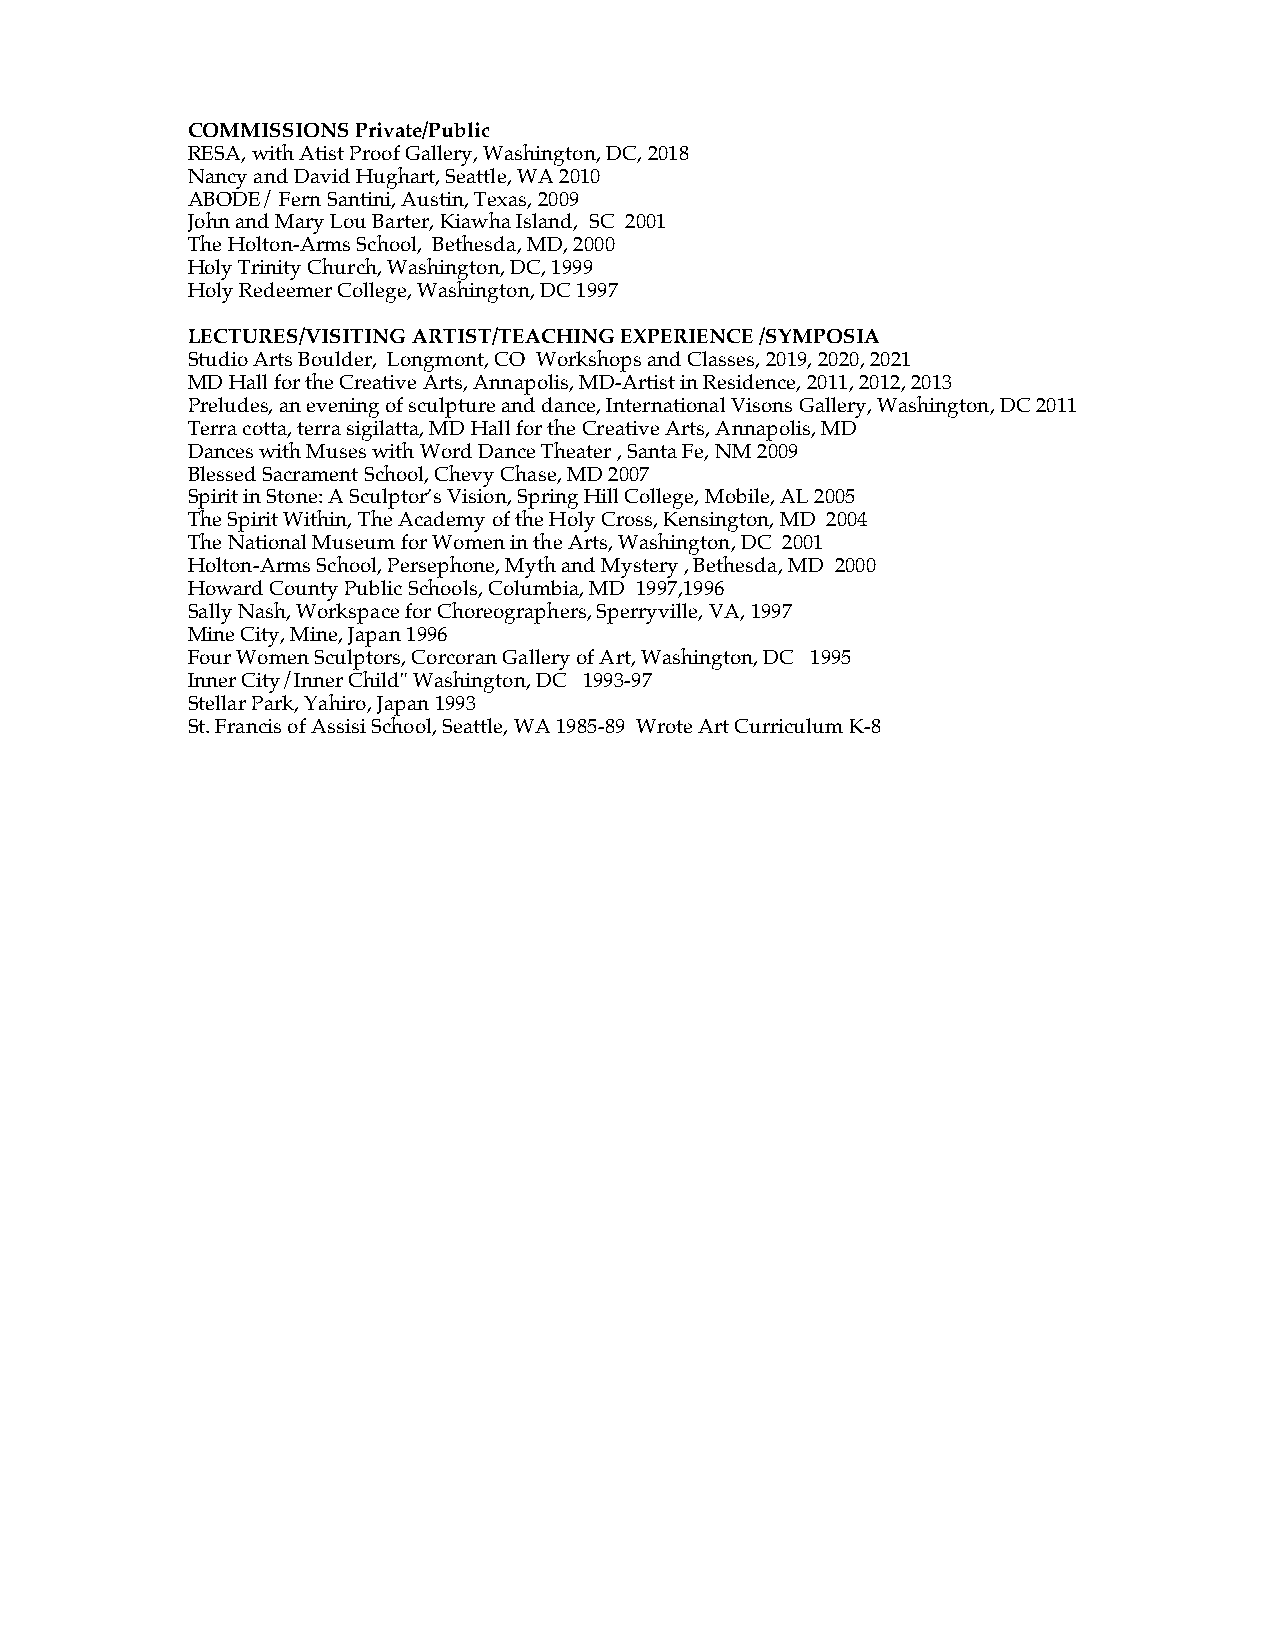
COMMISSIONS Private/Public
 RESA, with Atist Proof Gallery, Washington, DC, 2018
 Nancy and David Hughart, Seattle, WA 2010
 ABODE/ Fern Santini, Austin, Texas, 2009
 John and Mary Lou Barter, Kiawha Island, SC 2001
 The Holton-Arms School, Bethesda, MD, 2000
 Holy Trinity Church, Washington, DC, 1999
 Holy Redeemer College, Washington, DC 1997
 LECTURES/VISITING ARTIST/TEACHING EXPERIENCE /SYMPOSIA
 Studio Arts Boulder, Longmont, CO Workshops and Classes, 2019, 2020, 2021
 MD Hall for the Creative Arts, Annapolis, MD-Artist in Residence, 2011, 2012, 2013
 Preludes, an evening of sculpture and dance, International Visons Gallery, Washington, DC 2011
 Terra cotta, terra sigilatta, MD Hall for the Creative Arts, Annapolis, MD
 Dances with Muses with Word Dance Theater , Santa Fe, NM 2009
 Blessed Sacrament School, Chevy Chase, MD 2007
 Spirit in Stone: A Sculptor’s Vision, Spring Hill College, Mobile, AL 2005
 The Spirit Within, The Academy of the Holy Cross, Kensington, MD 2004
 The National Museum for Women in the Arts, Washington, DC 2001
 Holton-Arms School, Persephone, Myth and Mystery , Bethesda, MD 2000
 Howard County Public Schools, Columbia, MD 1997,1996
 Sally Nash, Workspace for Choreographers, Sperryville, VA, 1997
 Mine City, Mine, Japan 1996
 Four Women Sculptors, Corcoran Gallery of Art, Washington, DC 1995
 Inner City/Inner Child" Washington, DC 1993-97
 Stellar Park, Yahiro, Japan 1993
 St. Francis of Assisi School, Seattle, WA 1985-89 Wrote Art Curriculum K-8